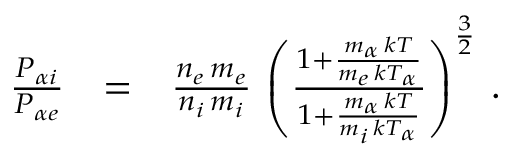
\begin{array} { r l r } { \frac { P _ { \alpha i } } { P _ { \alpha e } } } & { = } & { \frac { n _ { e } \, m _ { e } } { n _ { i } \, m _ { i } } \, \left( \frac { 1 + \frac { m _ { \alpha } \, k T } { m _ { e } \, k T _ { \alpha } } } { 1 + \frac { m _ { \alpha } \, k T } { m _ { i } \, k T _ { \alpha } } } \right) ^ { \frac { 3 } { 2 } } \, . } \end{array}